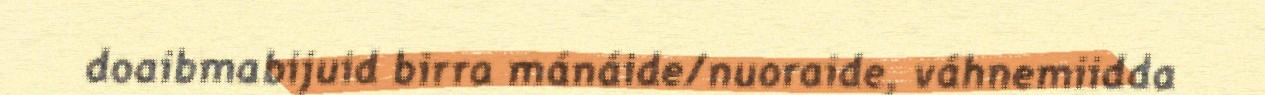
doaibmabijuid birra mánáide/nuoraide, váhnemiidda